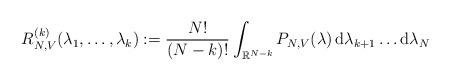
LaTeX: \begin{align*}R_{N,V}^{(k)} (\lambda_1,\ldots, \lambda_k) := \frac{N!}{(N-k)!} \int_{\mathbb R^{N-k}} P_{N,V} (\lambda) \,\mathrm d\lambda_{k+1} \ldots\mathrm d\lambda_N\end{align*}